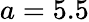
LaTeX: a=5.5